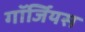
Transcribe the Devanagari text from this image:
गॉर्जियस